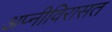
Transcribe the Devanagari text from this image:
अप्नीविरासत